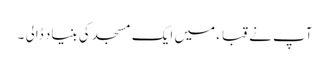
آپ نے قباء میں ایک مسجد کی بنیاد ڈالی ۔